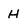
Character: H